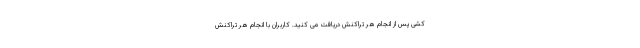
کشی پس از انجام هر تراکنش دریافت می کنید. کاربران با انجام هر تراکنش